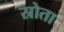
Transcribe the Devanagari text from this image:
स्रोता